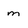
Character: m